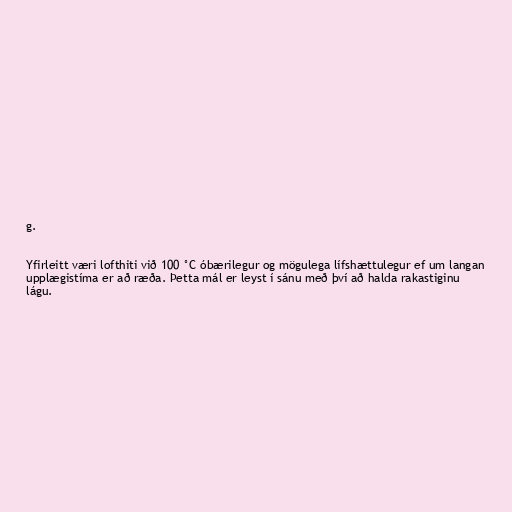
g.

Yfirleitt væri lofthiti við 100 °C óbærilegur og mögulega lífshættulegur ef um langan
upplægistíma er að ræða. Þetta mál er leyst í sánu með því að halda rakastiginu
lágu.